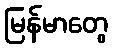
မြန်မာတွေ